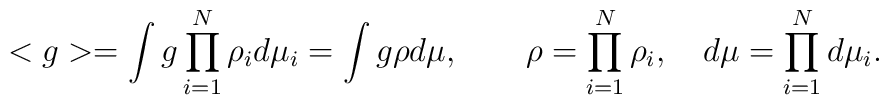
< g > = \int g \prod_{i=1}^N \rho_i  d\mu_i=\int g \rho d\mu,\quad\quad \rho=\prod_{i=1}^N\rho_i,\quad d\mu =\prod_{i=1}^Nd\mu_i.